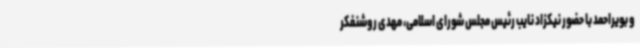
و بویراحمد با حضور نیکزاد نایب رئیس مجلس شورای اسلامی، مهدی روشنفکر